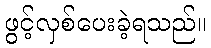
ဖွင့်လှစ်ပေးခဲ့ရသည်။